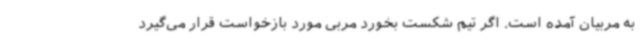
به مربیان آمده است. اگر تیم شکست بخورد مربی مورد بازخواست قرار می‌گیرد